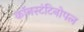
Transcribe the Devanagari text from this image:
कॉनस्टंटिनोपल